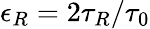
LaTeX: \epsilon_{R}=2\tau_{R}/\tau_{0}